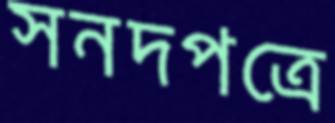
সনদপত্রে